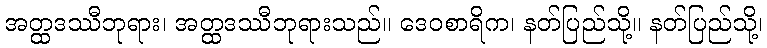
အတ္ထဒဿီဘုရား၊ အတ္ထဒဿီဘုရားသည်။ ဒေဝစာရိက၊ နတ်ပြည်သို့။ နတ်ပြည်သို့၊